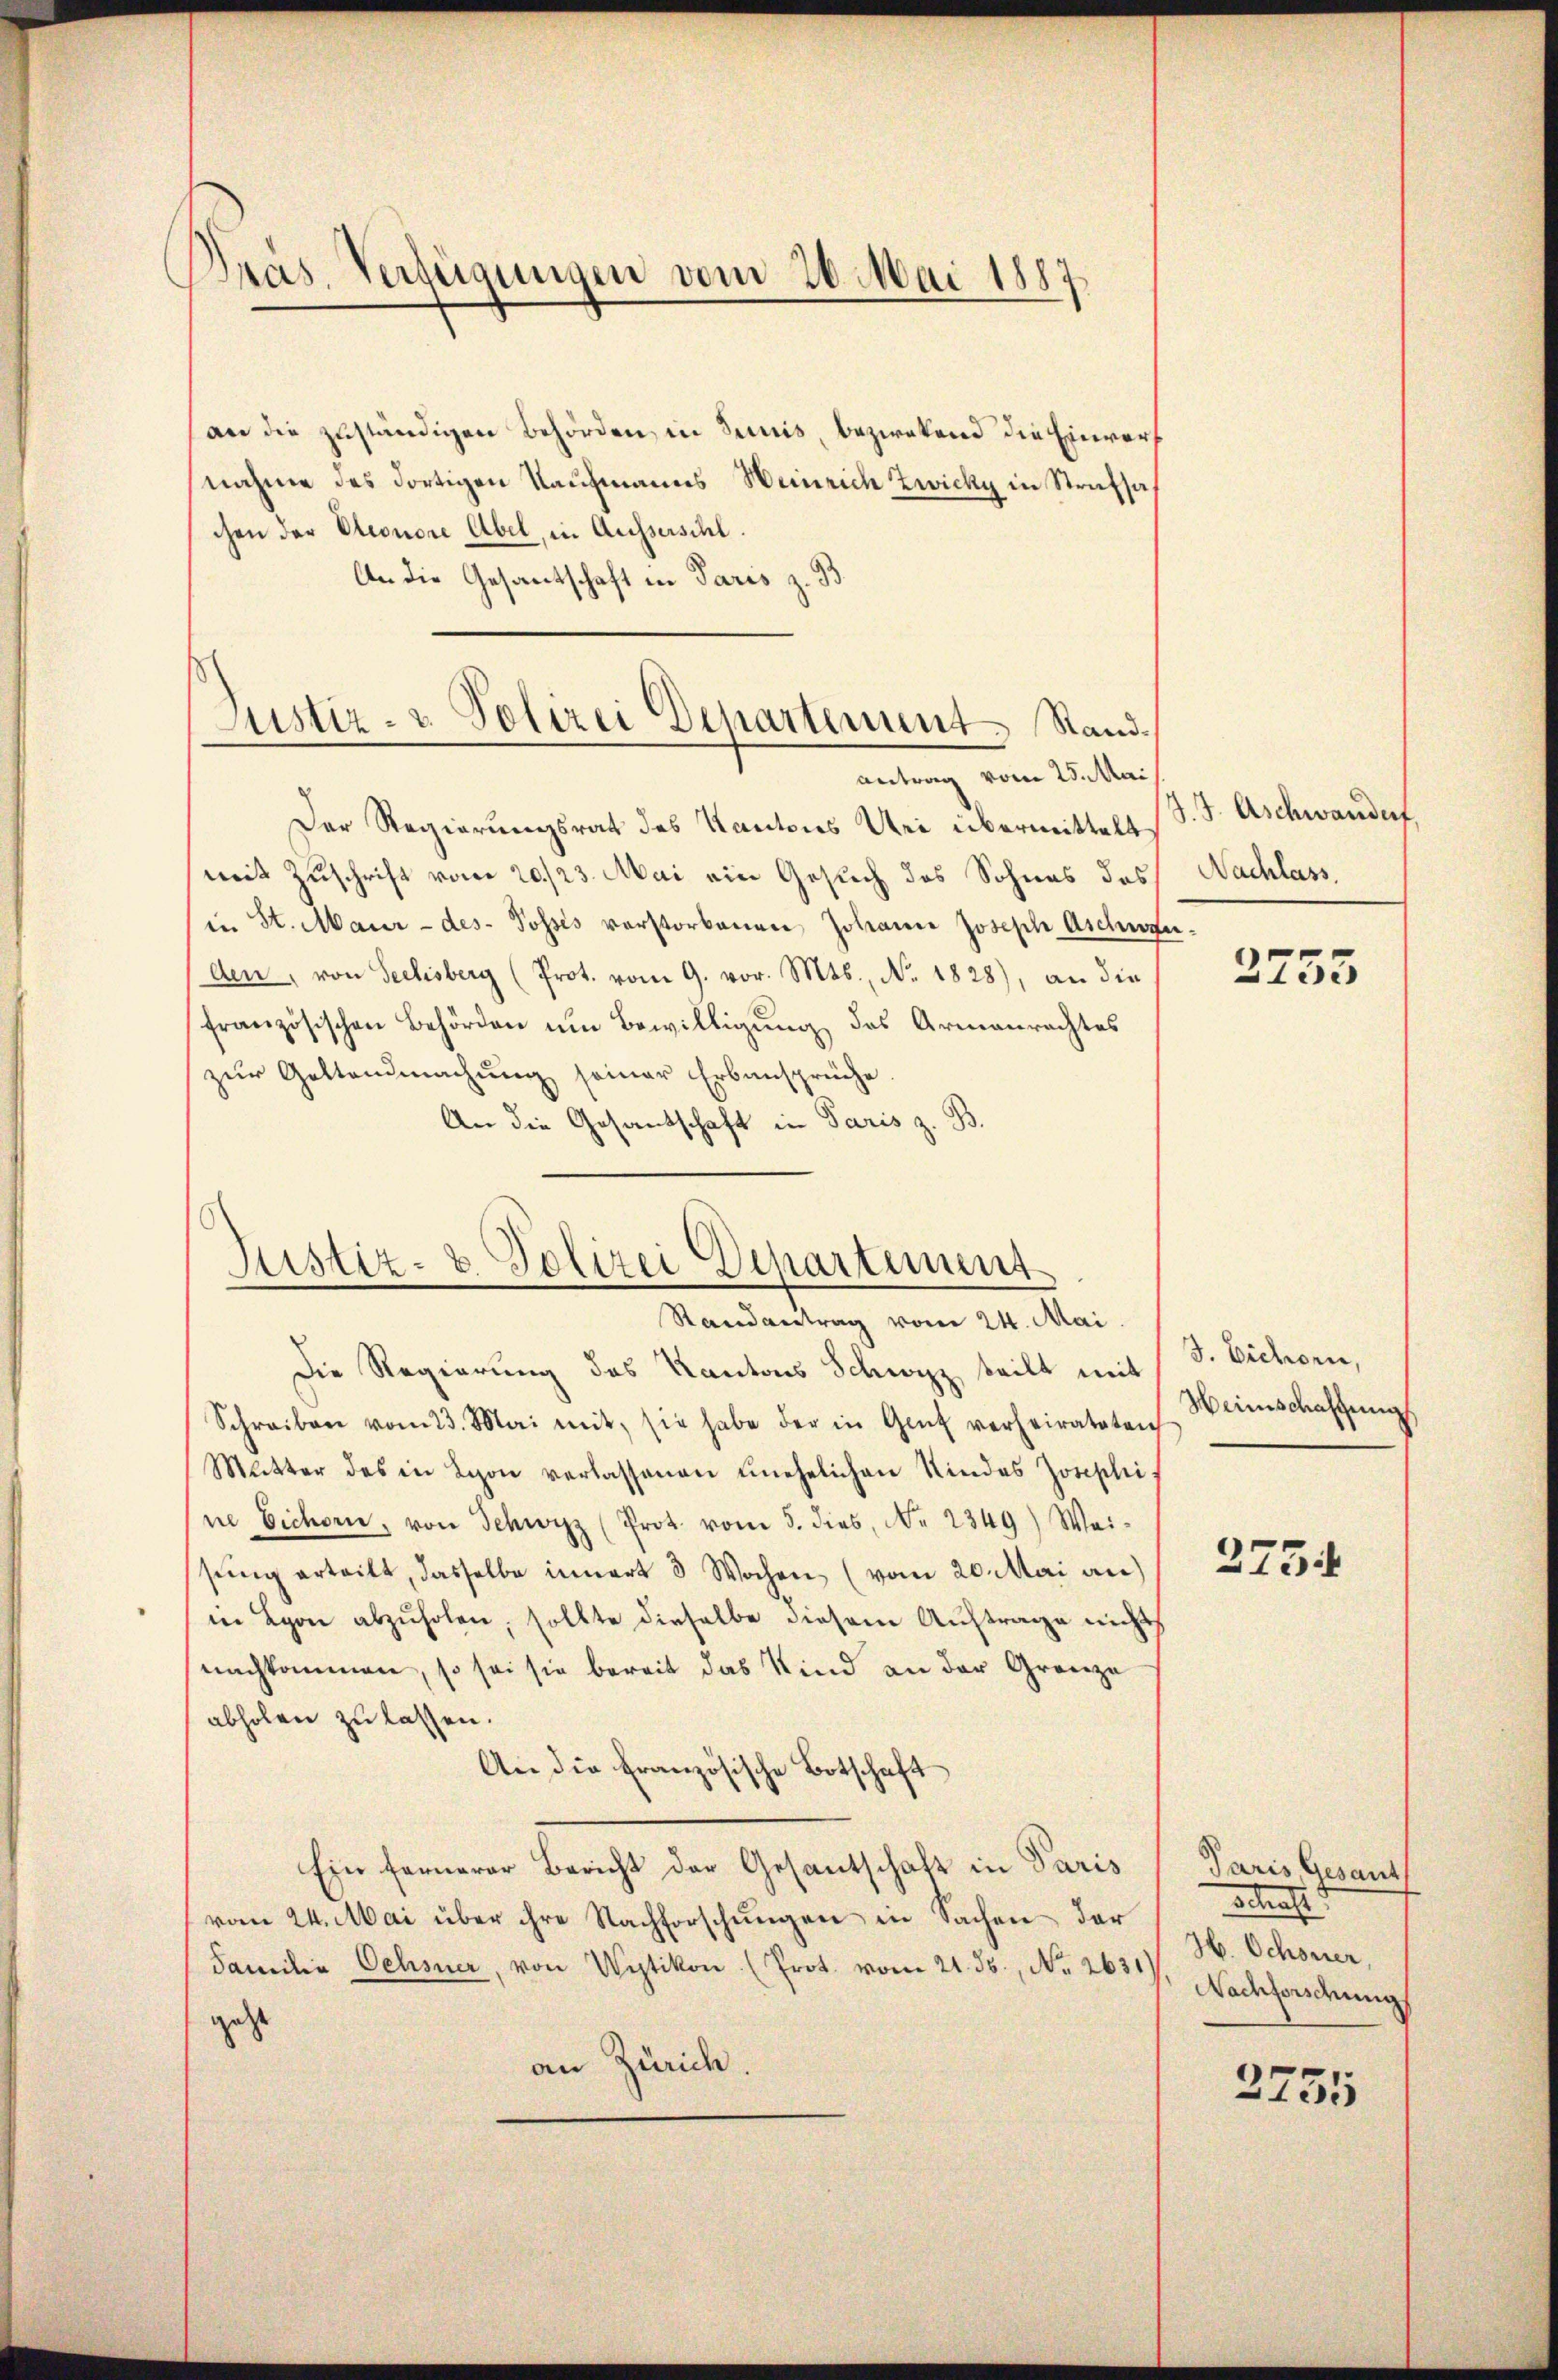
Bras. Verfügungen vom 26. Mai 1887

(an die zuständigen Behörden in Seinis, bezwekend die Einvernahme des dortigen Kaufmanns Weinrich Zwicky in Strafsa
chen der Eleonore Abel, in Ausserschl.
An die Gesandtschaft in Paris z.
Justiz- & Polizei Departement Stand¬

antrag vom 25. Mai

Justiz- & Polizei Departement
Standvertrag vom 24. Mai.

Der Regierungsrat des Kantons Uri übermittelt,
mit Zuschrift vom 20./23. Mai ein Gesuch des Sohnes des
in St. Maur - des Posses verstorbenen Johanne Joseph Aschwer.
den, von Seelisberg (Prot. vom 9. vor. Mts., No. 1828), an die
französischen Behörden um Bewilligung des Armenrechtes
zur Geltendmachung seiner Erbansprüche.
An die Gesandschaft in Paris z. B.

Die Regierung des Kantons Schwyz teilt mit S. Eichorn,
Schreiben vom 23. Mai mit, sie habe der in Gant verheirateten
Mutter des in Lyon verlassenen unehelichen Kindes Josephi
ne Eichern, von Schwyz (Prot. vom 5. dies, No. 2349) Wei-
ssŭng erteilt, dasselbe innert 3 Wochen (vom 20. Mai an)
in Lyon abzŭholen, sollte dieselbe diesem Auftrage nicht
nachkommen, so sei sie bereit das Kind an der Grenze
abholen zu lassen.
An die französische Botschaft
Ein fernerer Bericht der Gesantschaft in Paris
vom 24. Mai über ihre Nachforschŭngen in Sachen der
Familie Ochsner, von Wytikon (Prot. vom 21. ds., Nr. 2631)
geze
an Zürich.

d. J. Aschwandert,
Nachlass.

2753

Weinschaffung

2754

Paris Gesant
sstrafe
H. Schoner,
Nachforschung

2755